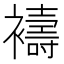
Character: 𮖻